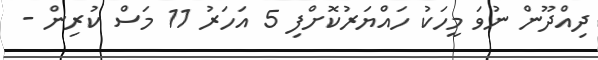
ދިއްދޫން ނުވަ މީހަކު ހައްޔަރުކޮށްފި 5 އަހަރު 11 މަސް ކުރިން -